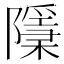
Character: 𨽌